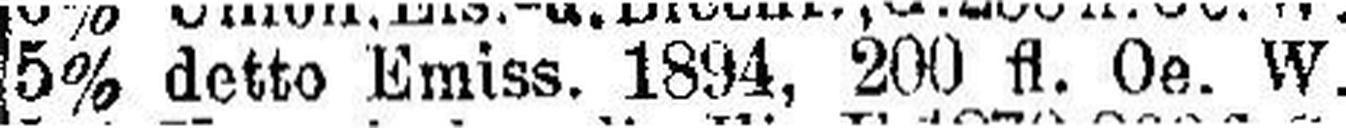
5% detto Emiss. 1894, 200 fl. Oe. W.